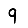
Digit: 9